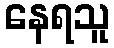
နေရသူ